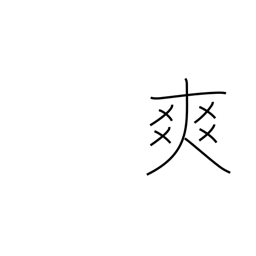
Meaning: resonant